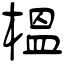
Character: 榅